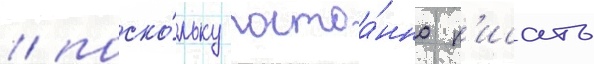
/ поско́льку постоа́нно п'исать